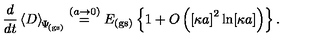
\frac { d } { d t } \left\langle D \right\rangle _ { \scriptstyle \! \Psi _ { \mathrm { \! { \scriptscriptstyle ( g s ) } } } } \stackrel { ( a \rightarrow 0 ) } { = } E _ { \mathrm { ( g s ) } } \left\{ 1 + O \left( \left[ \kappa a \right] ^ { 2 } \ln [ \kappa a ] \right) \right\} .